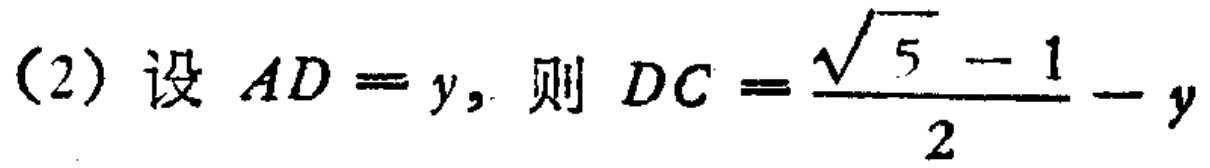
(2) 设 \(AD = y\)，则 \(DC=\frac{\sqrt{5}-1}{2}-y\)